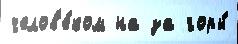
челов'е́ком на за горы́